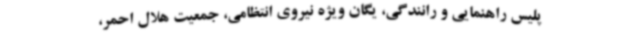
پلیس راهنمایی و رانندگی، یگان ویژه نیروی انتظامی، جمعیت هلال احمر،